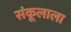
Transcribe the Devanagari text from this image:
संकूलाला